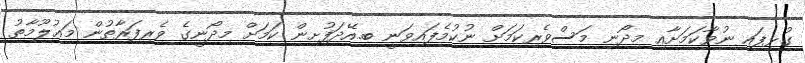
ގުޅިފައި ނުވާކަމަށާއި މިދޯނި މަސްވެރިކަމަށް ނުކުމެފައިވަނީ ބ.އޭދަފުށިން ކަމަށް މިދޯނީގެ ވެރިފަރާތުން މަޢުލޫމާތު